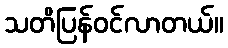
သတိပြန်ဝင်လာတယ်။